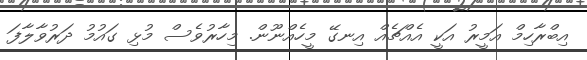
އިބްރާހިމް އަމީރު އަކީ އެއްޗެއް އިނގޭ މީހެއްނޫން. މިހާރުވެސް މުޅި ގައުމު ދަރުވާލާފަ